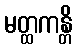
မတ္ထကန္တိ